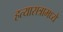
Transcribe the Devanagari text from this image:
हत्यासत्रामध्ये